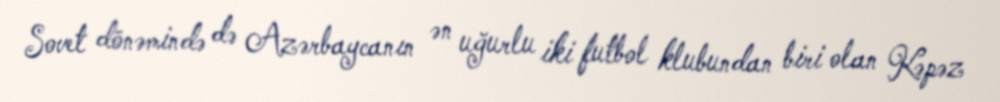
Sovet dönəmində də Azərbaycanın ən uğurlu iki futbol klubundan biri olan Kəpəz